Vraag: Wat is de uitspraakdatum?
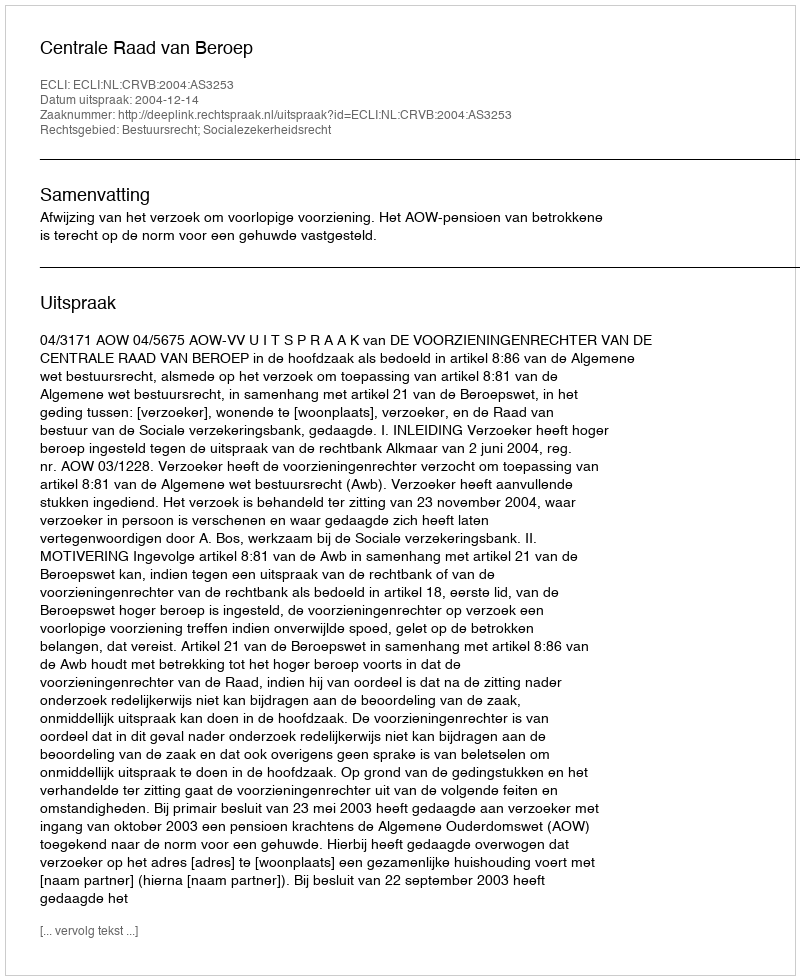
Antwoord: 2004-12-14